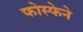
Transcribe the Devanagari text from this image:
फोस्फेने